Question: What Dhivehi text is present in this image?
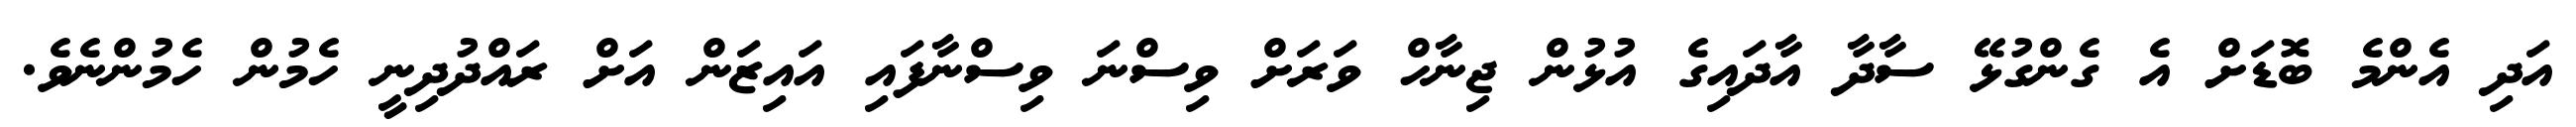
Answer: އަދި އެންމެ ބޮޑަށް އެ ގެންގުޅޭ ސާދާ އާދައިގެ އުޅުން ޖިނާހް ވަރަށް ވިސްނަ ވިސްނާފައި އައިޒަން އަށް ރައްދުދިނީ ހެމުން ހެމުންނެވެ.